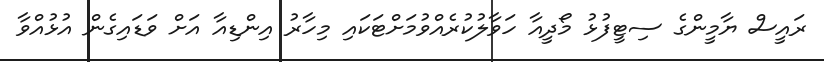
ރައީސް ޔާމީންގެ ސިޓީފުޅު މޯދީއާ ހަވާލުކުރެއްވުމަށްޓަކައި މިހާރު އިންޑިއާ އަށް ވަޑައިގެން އުޅުއްވާ